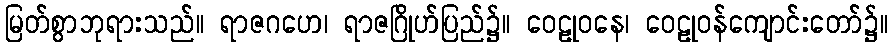
မြတ်စွာဘုရားသည်။ ရာဇဂဟေ၊ ရာဇဂြိုဟ်ပြည်၌။ ဝေဠုဝနေ၊ ဝေဠုဝန်ကျောင်းတော်၌။